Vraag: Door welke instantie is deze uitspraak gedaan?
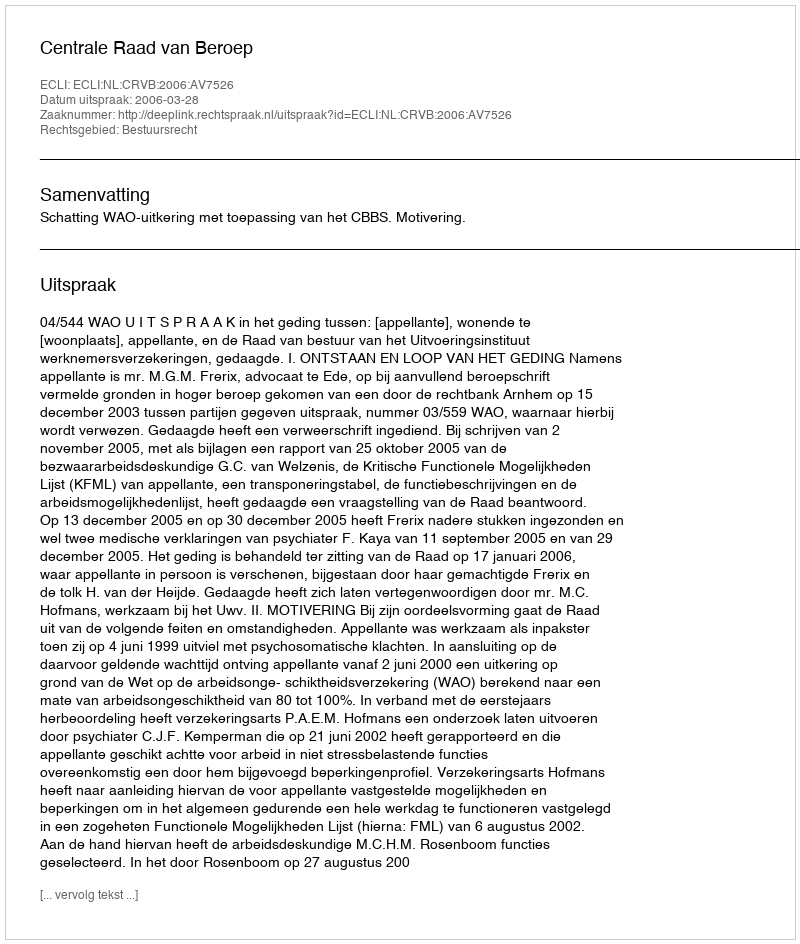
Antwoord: Centrale Raad van Beroep